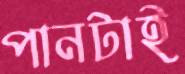
পানটাই